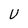
Character: U